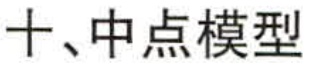
十、中点模型